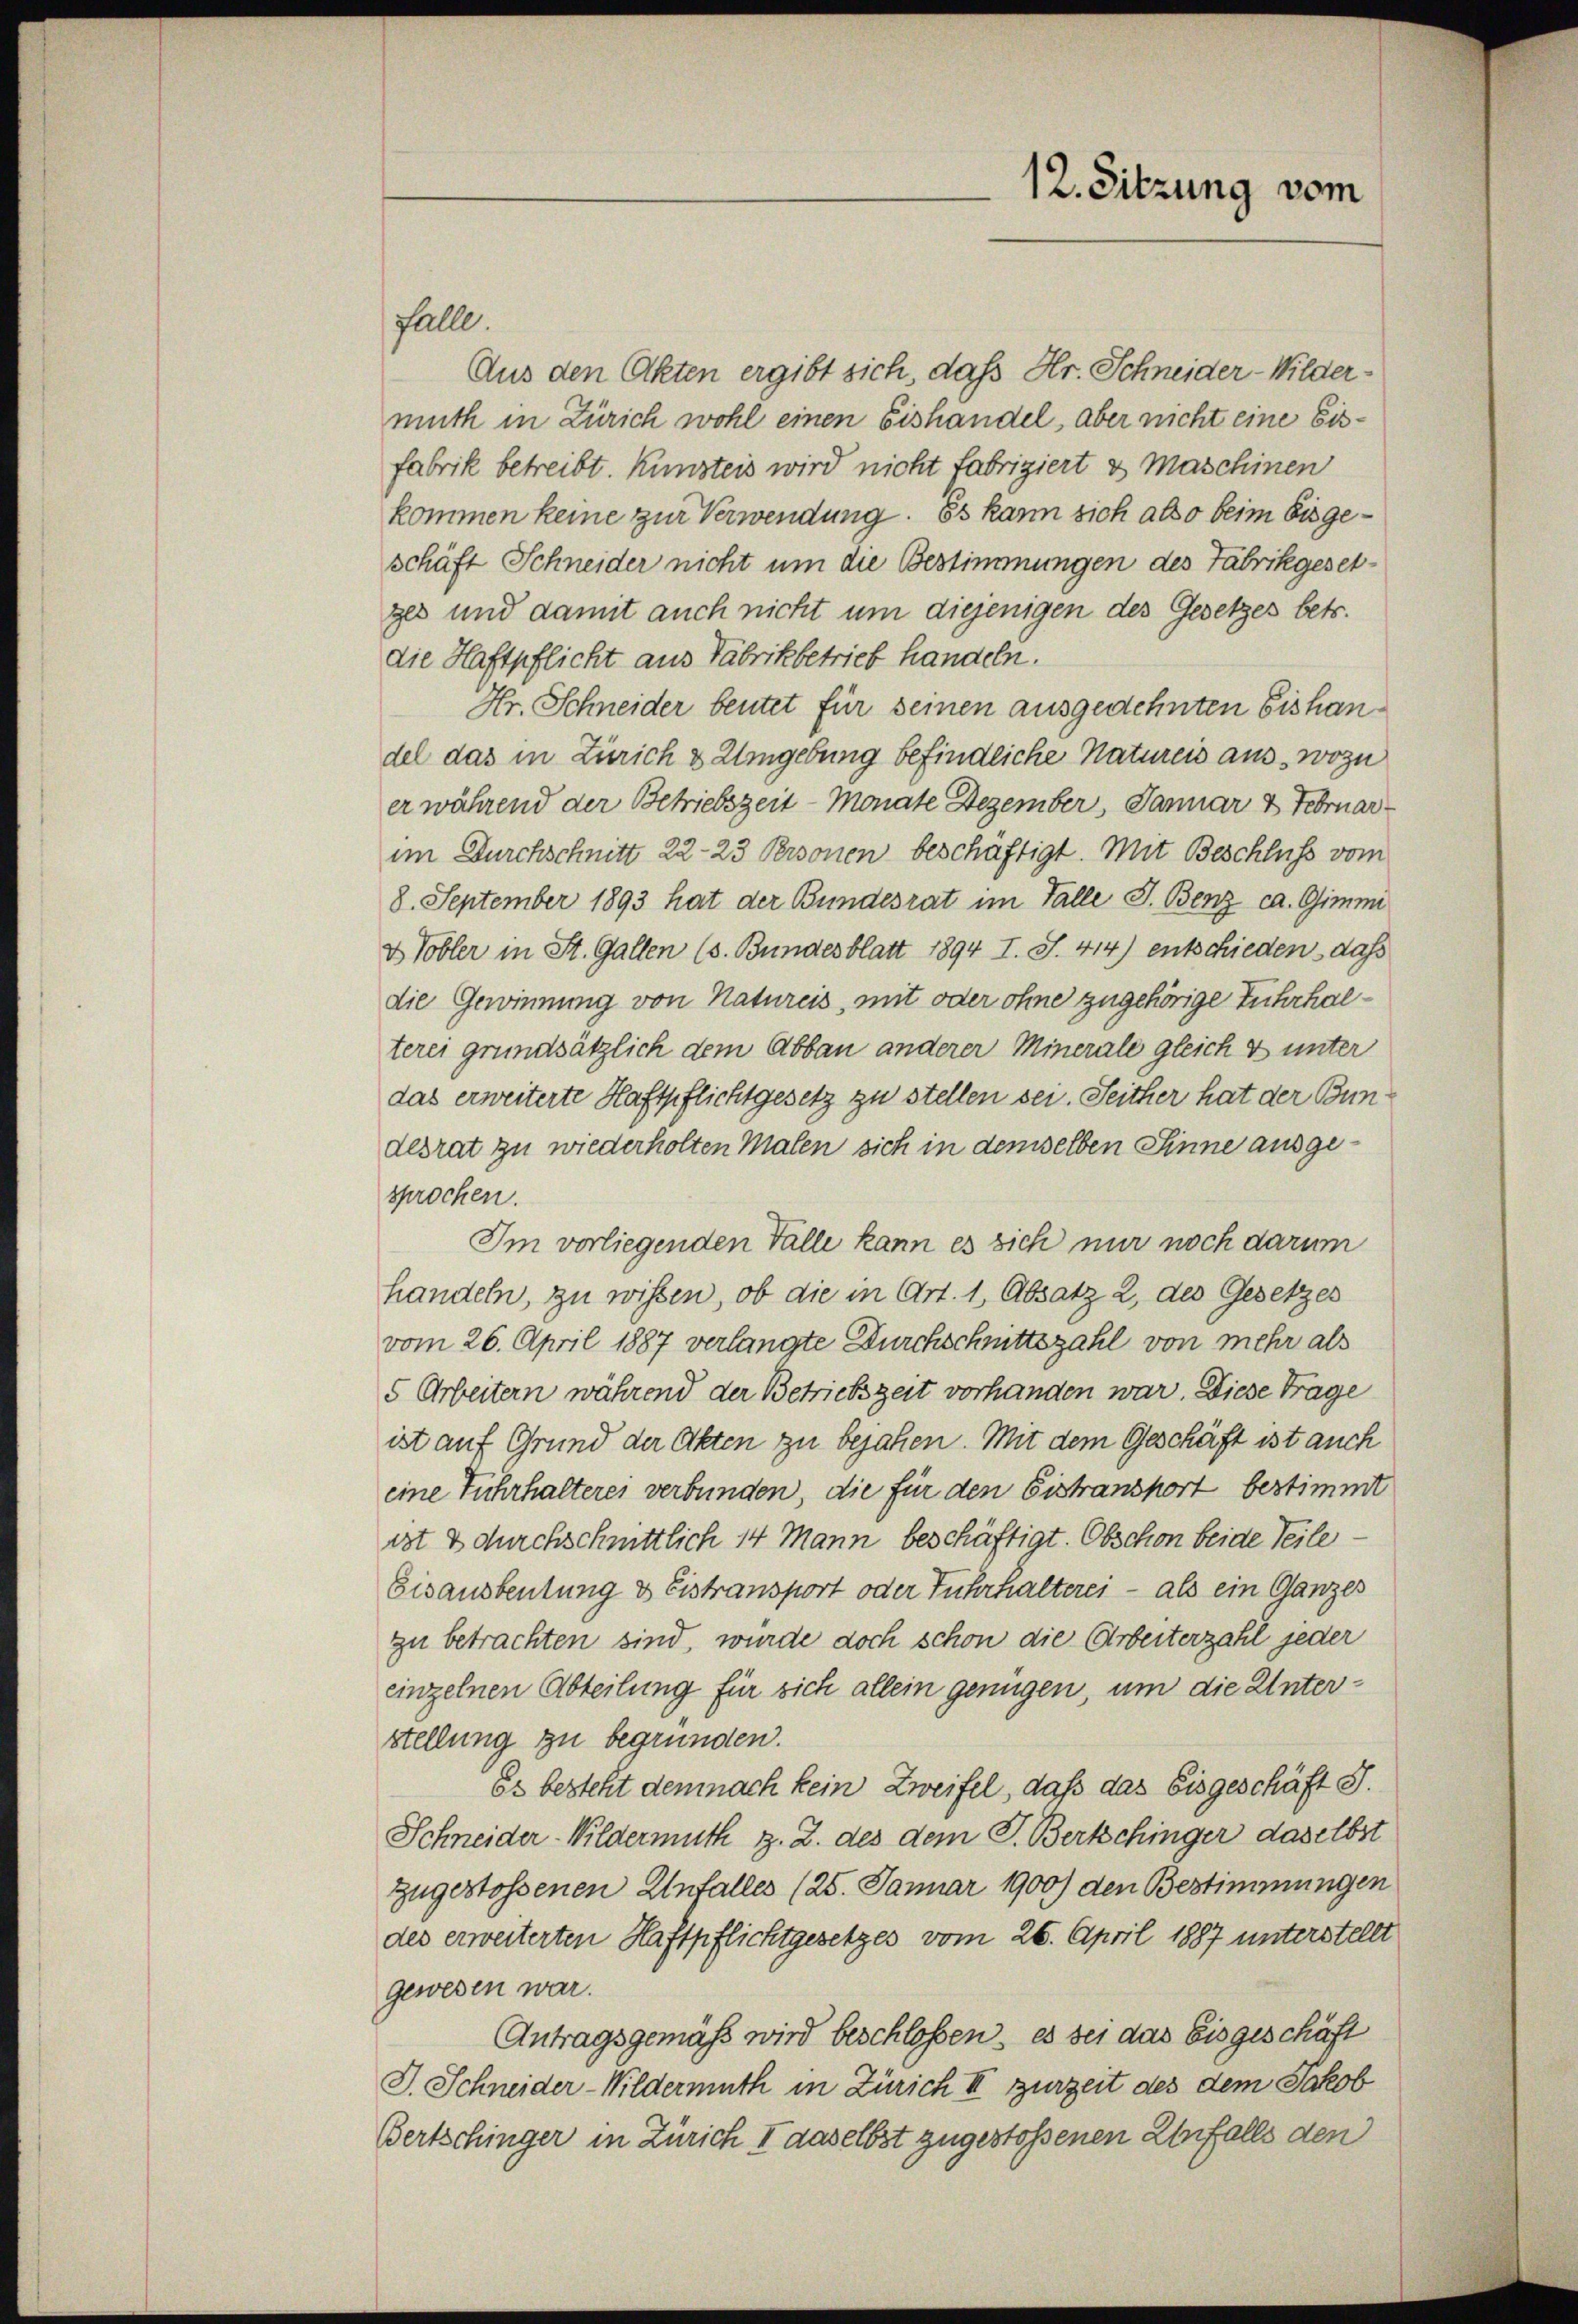
12. Sitzung vom

Falle.
Aus den Akten ergibt sich, daß Hr. Schneider-Wildermuth in Zürich wohl einen Eishandel, aber nicht eine Eisfabrik betreibt. Kunsteis wird nicht fabriziert es Maschinen
kommen keine zur Verwendung. Es kann sich also beim bis geschäft Schneider nicht um die Bestimmungen des Fabrikgesetges und damit auch nicht um diejenigen des Gesetzes betr.
die Haftpflicht aus Fabrikbetrieb handeln.
Hr. Schneider beutet für seinen ausgedehnten Eishandel das in Zürich & Umgebung befindliche Natureis aus, wozu
er während der Betriebszeit - Monate Dezember, Januar 7 Februar
im Durchschnitt 22-23 Personen beschäftigt. Mit Beschluss vom
8. September 1893 hat der Bundesrat im Falle J. Benz ca. Gimmi
& Tobler in St. Gallen (s. Bundesblatt 1894 I. S. 414) entschieden, das
die Gewinnung von Natureis, mit oder ohne zugehörige Fuhrhalterei grundsätzlich dem Abbau anderer Minerale gleich & unter
das erweiterte Haftpflichtgesetz zu stellen sei. Seither hat der Bundesrat zu wiederholten Malen sich in demselben Sinne ausgesprochen.
Im vorliegenden Falle kann es sich nur noch darum
handeln, zu wissen, ob die in Art. 1, Absatz 2, des Gesetzes
vom 26. April 1887 verlangte Durchschnittszahl von mehr als
5 Arbeitern während der Betrictszeit vorhanden war. Diese Trage
ist auf Grund der Akten zu bejahen. Mit dem Geschäft ist auch
eine Fuhrhalterei verbunden, die für den Eistranshort bestimmt
ist & durchschnittlich 14 Mann beschäftigt. Obschon beide Teile
Eisausbeutung & Eistransport oder Fuhrhalterei – als ein Ganzes
zu betrachten sind, wurde doch schon die Arbeiterzahl jeder
einzelnen Abteilung für sich allein genügen, um die Unterstellung zu begründen.
Es besteht demnach kein Zweifel, daß das Eisgeschäft d.
Schneider-Wildermuth z. Z. des dem P. Bertschinger daselbst
zugestossenen Unfalles (25. Januar 1900) den Bestimmungen
des erweiterten Haftpflichtgesetzes vom 26. April 1887 unterstellt
gewesen war.
Antragsgemäß wird beschlossen, es sei das Eisgeschäft
J. Schneider-Wildermuth in Zürich III zurzeit des dem Jakob
Bertschinger in Zürich I daselbst zugestoßenen Unfalls den